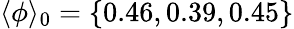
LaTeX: \langle\phi\rangle_{0}=\{ 0.46,0.39,0.45\}